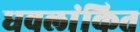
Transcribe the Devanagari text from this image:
धवलांकित